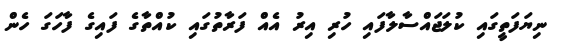
ނިޔަފަތީގައި ކުލަޖައްސާލާފައި ހުރި އިރު އެއް ފަރާތުގައި ކުއްތާގެ ފައިގެ ފާހަގަ ހެން